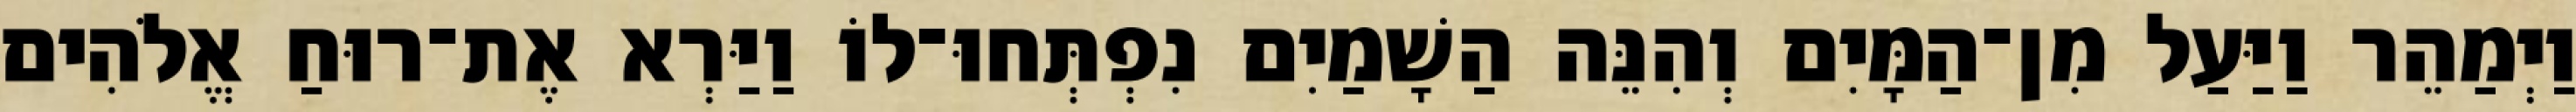
וַיְמַהֵר וַיַּעַל מִן־הַמָּיִם וְהִנֵּה הַשָׁמַיִם נִפְתְּחוּ־לוֹ וַיַּרְא אֶת־רוּחַ אֱלֹהִים